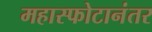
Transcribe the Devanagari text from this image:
महास्फोटानंतर